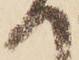
へ